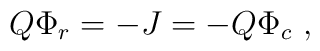
Q\Phi _{r}=-J=-Q\Phi _{c}\ ,